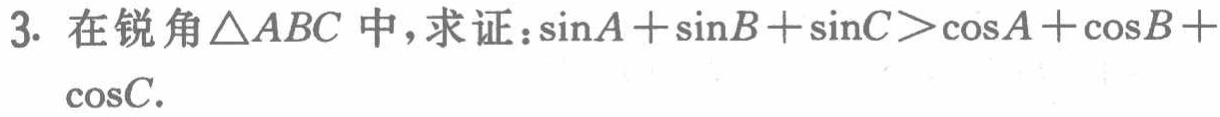
3. 在锐角$\triangle ABC$中，求证：$\sin A+\sin B+\sin C>\cos A+\cos B+\cos C.$